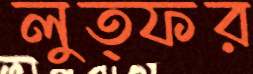
লুত্ফর